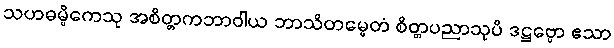
သဟဓမ္မိကေသု အစိတ္တကဘာဝါယ ဘာသိတမ္ပေတံ စိတ္တပညာသုပိ ဒဋ္ဌဗ္ဗော ဧသာ